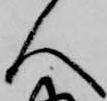
人